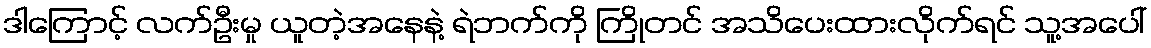
ဒါကြောင့် လက်ဦးမှု ယူတဲ့အနေနဲ့ ရဲဘက်ကို ကြိုတင် အသိပေးထားလိုက်ရင် သူ့အပေါ်